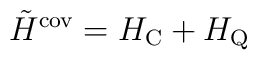
\tilde{H}^{\mbox{\rm\scriptsize cov}} =H_{\mbox{\rm\scriptsize C}} + H_{\mbox{\rm\scriptsize Q}}